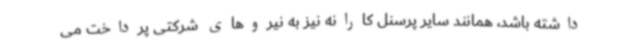
داشته باشد، همانند سایر پرسنل کارانه نیز به نیروهای شرکتی پرداخت می